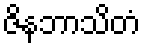
ဇိနဘာသိတံ